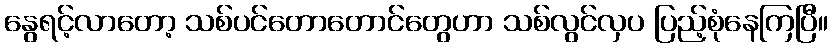
နွေရင့်လာတော့ သစ်ပင်တောတောင်တွေဟာ သစ်လွင်လှပ ပြည့်စုံနေကြပြီ။